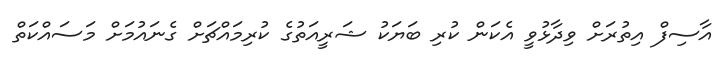
އާސިފް އިތުރަށް ވިދާޅުވީ އެކަން ކުރި ބަޔަކު ޝަރީއަތުގެ ކުރިމައްޗަށް ގެނައުމަށް މަސައްކަތް